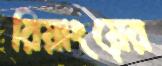
রিয়াংয়ের